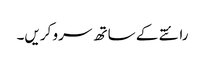
رائتے کے ساتھ سرو کریں۔